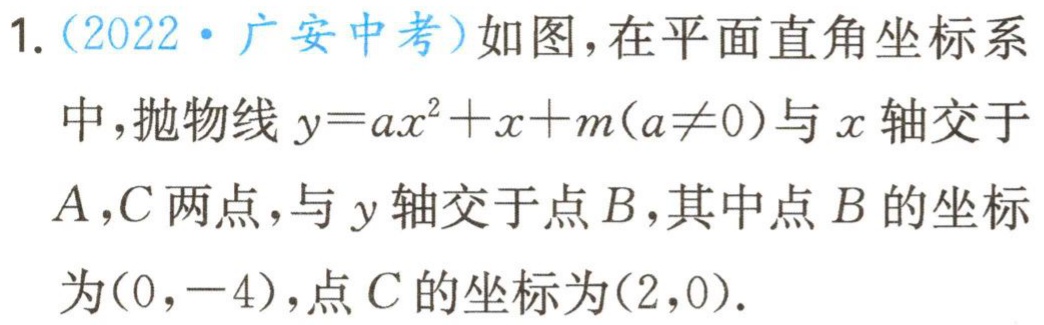
1. (2022·广安中考)如图，在平面直角坐标系
中，抛物线\(y = ax^{2}+x + m(a\neq0)\)与\(x\)轴交于
\(A,C\)两点，与\(y\)轴交于点\(B\)，其中点\(B\)的坐标
为\((0,-4)\)，点\(C\)的坐标为\((2,0)\).